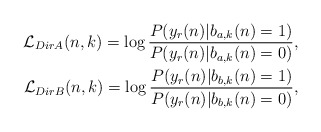
\begin{align*}\begin{aligned}\mathcal{L}_{DirA}(n,k)=\log \frac{P(y_r(n)|b_{a,k}(n)=1)}{P(y_r(n)|b_{a,k}(n)=0)}, \\\mathcal{L}_{DirB}(n,k)=\log \frac{P(y_r(n)|b_{b,k}(n)=1)}{P(y_r(n)|b_{b,k}(n)=0)},\end{aligned} \end{align*}